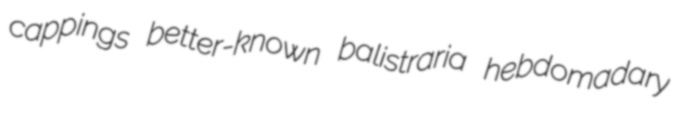
cappings better-known balistraria hebdomadary